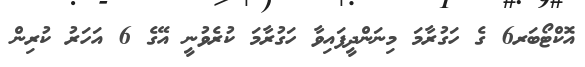
އޮކްޓޯބަރ6 ގެ ހަގުރާމަ މިނަންދީފައިވާ ހަގުރާމަ ކުރެވުނީ އޭގެ 6 އަހަރު ކުރިން